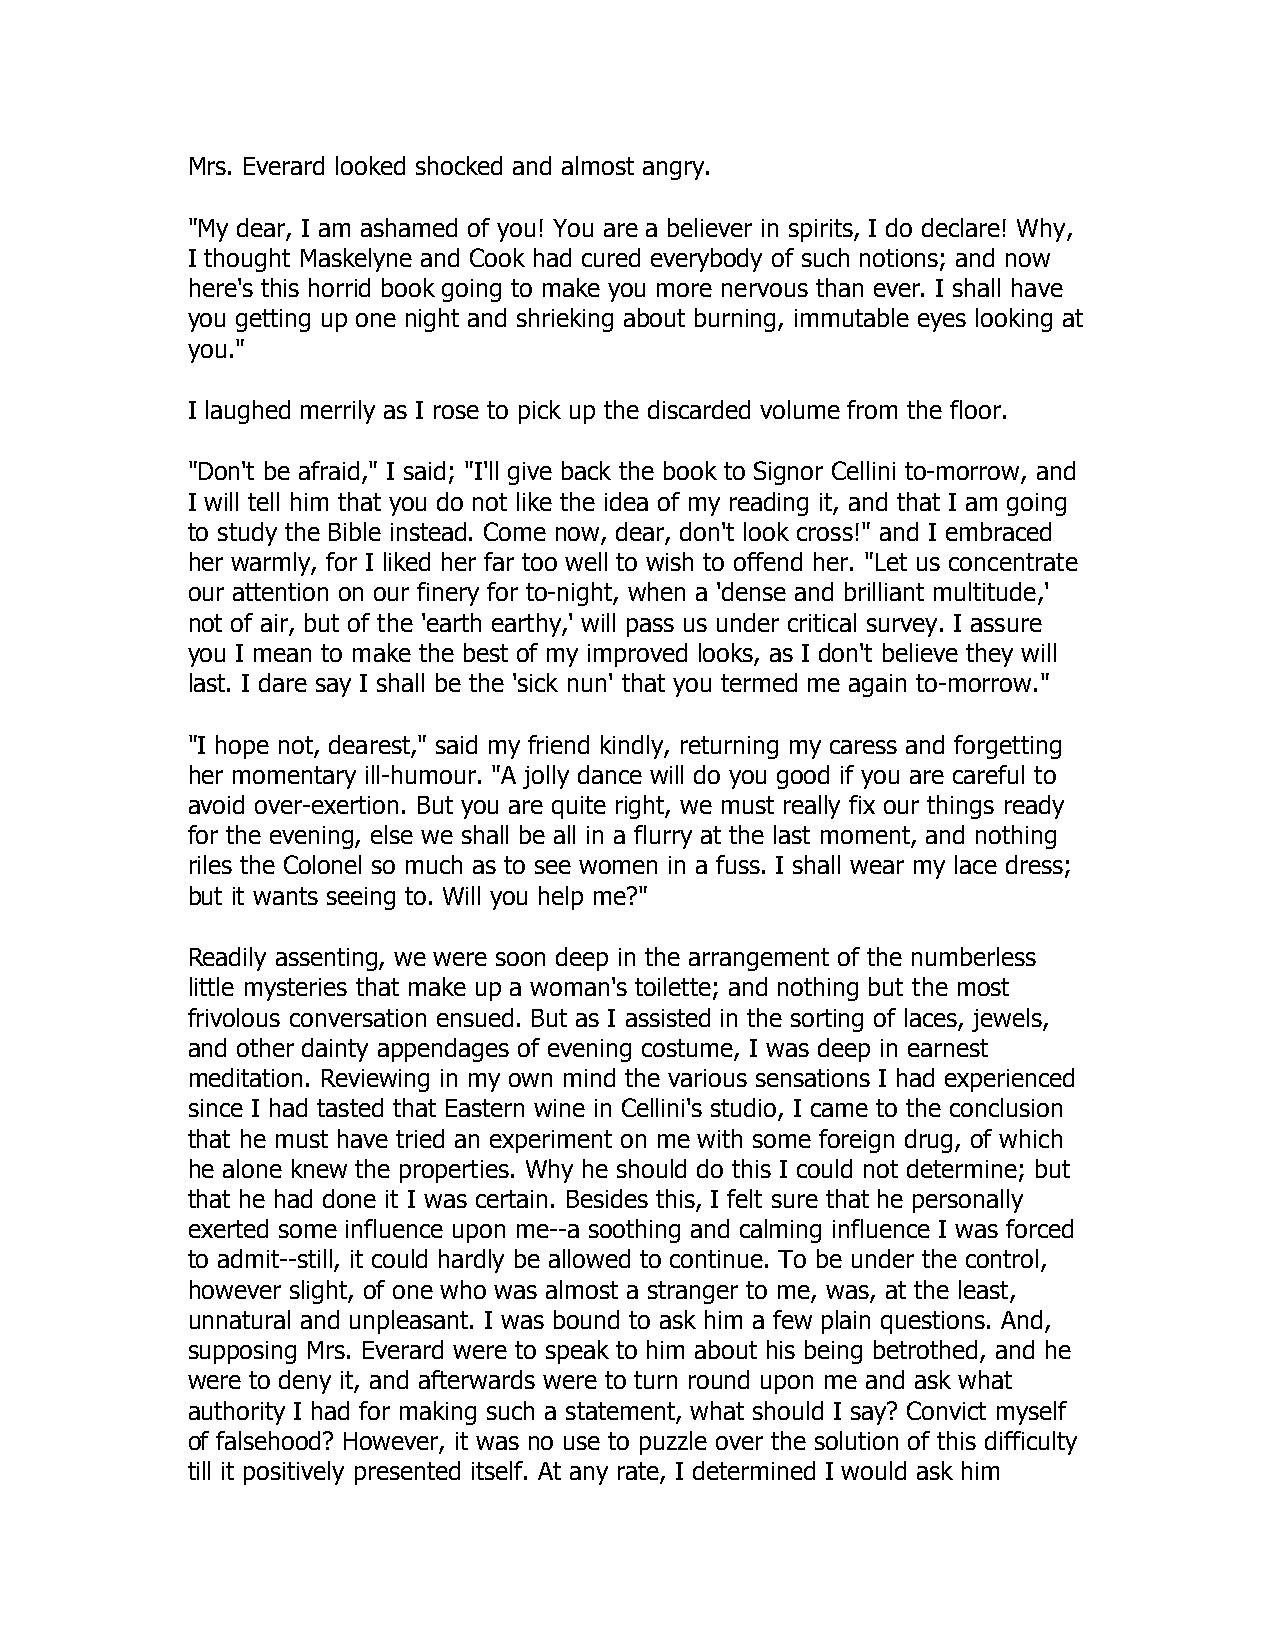
Mrs. Everard looked shocked and almost angry.
 "My dear, I am ashamed of you! You are a believer in spirits, I do declare! Why,
 I thought Maskelyne and Cook had cured everybody of such notions; and now
 here's this horrid book going to make you more nervous than ever. I shall have
 you getting up one night and shrieking about burning, immutable eyes looking at
 you."
 I laughed merrily as I rose to pick up the discarded volume from the floor.
 "Don't be afraid," I said; "I'll give back the book to Signor Cellini to-morrow, and
 I will tell him that you do not like the idea of my reading it, and that I am going
 to study the Bible instead. Come now, dear, don't look cross!" and I embraced
 her warmly, for I liked her far too well to wish to offend her. "Let us concentrate
 our attention on our finery for to-night, when a 'dense and brilliant multitude,'
 not of air, but of the 'earth earthy,' will pass us under critical survey. I assure
 you I mean to make the best of my improved looks, as I don't believe they will
 last. I dare say I shall be the 'sick nun' that you termed me again to-morrow."
 "I hope not, dearest," said my friend kindly, returning my caress and forgetting
 her momentary ill-humour. "A jolly dance will do you good if you are careful to
 avoid over-exertion. But you are quite right, we must really fix our things ready
 for the evening, else we shall be all in a flurry at the last moment, and nothing
 riles the Colonel so much as to see women in a fuss. I shall wear my lace dress;
 but it wants seeing to. Will you help me?"
 Readily assenting, we were soon deep in the arrangement of the numberless
 little mysteries that make up a woman's toilette; and nothing but the most
 frivolous conversation ensued. But as I assisted in the sorting of laces, jewels,
 and other dainty appendages of evening costume, I was deep in earnest
 meditation. Reviewing in my own mind the various sensations I had experienced
 since I had tasted that Eastern wine in Cellini's studio, I came to the conclusion
 that he must have tried an experiment on me with some foreign drug, of which
 he alone knew the properties. Why he should do this I could not determine; but
 that he had done it I was certain. Besides this, I felt sure that he personally
 exerted some influence upon me--a soothing and calming influence I was forced
 to admit--still, it could hardly be allowed to continue. To be under the control,
 however slight, of one who was almost a stranger to me, was, at the least,
 unnatural and unpleasant. I was bound to ask him a few plain questions. And,
 supposing Mrs. Everard were to speak to him about his being betrothed, and he
 were to deny it, and afterwards were to turn round upon me and ask what
 authority I had for making such a statement, what should I say? Convict myself
 of falsehood? However, it was no use to puzzle over the solution of this difficulty
 till it positively presented itself. At any rate, I determined I would ask him